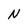
Character: N